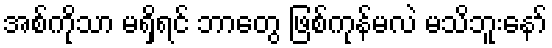
အစ်ကိုသာ မရှိရင် ဘာတွေ ဖြစ်ကုန်မလဲ မသိဘူးနော်